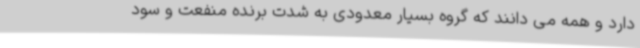
دارد و همه می دانند که گروه بسیار معدودی به شدت برنده منفعت و سود